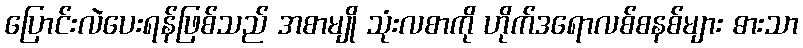
ပြောင်းလဲပေးရန်ဖြစ်သည် အစာမျို သုံးလစာကို ဟိုက်ဒရောလစ်စနစ်များ ဓားသာ